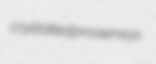
crystalled prooemion